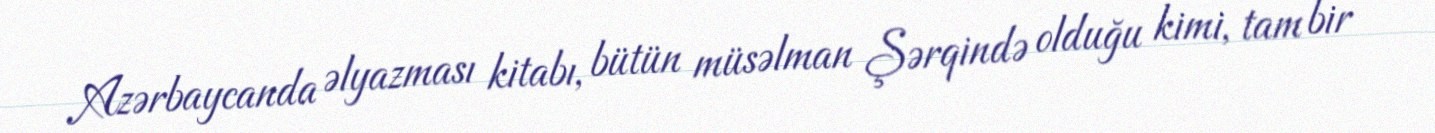
Azərbaycanda əlyazması kitabı, bütün müsəlman Şərqində olduğu kimi, tam bir